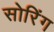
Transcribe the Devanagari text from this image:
सोरिंग